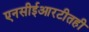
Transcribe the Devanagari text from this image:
एनसीईआरटीतही